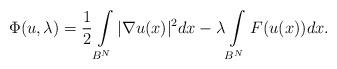
LaTeX: \begin{align*}\Phi (u,\lambda) = \frac{1}{2} \int\limits_{B^N} |\nabla u(x)|^2 dx- \lambda\int\limits_{B^N} F(u(x))dx.\end{align*}